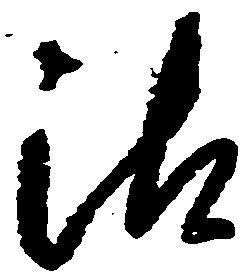
沽